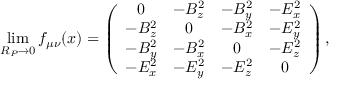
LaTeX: \operatorname * { l i m } _ { R _ { P } \rightarrow 0 } f _ { \mu \nu } ( x ) = \left( \begin{array} { c c c c } { { 0 } } & { { - B _ { z } ^ { 2 } } } & { { - B _ { y } ^ { 2 } } } & { { - E _ { x } ^ { 2 } } } \\ { { - B _ { z } ^ { 2 } } } & { { 0 } } & { { - B _ { x } ^ { 2 } } } & { { - E _ { y } ^ { 2 } } } \\ { { - B _ { y } ^ { 2 } } } & { { - B _ { x } ^ { 2 } } } & { { 0 } } & { { - E _ { z } ^ { 2 } } } \\ { { - E _ { x } ^ { 2 } } } & { { - E _ { y } ^ { 2 } } } & { { - E _ { z } ^ { 2 } } } & { { 0 } } \end{array} \right) ,